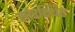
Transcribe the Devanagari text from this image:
सौरस्थिर